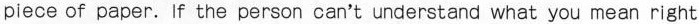
piece of paper. If the person can't understand what you mean right